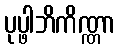
ပုပ္ဖါဘိကိဏ္ဏာ